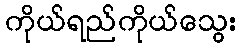
ကိုယ်ရည်ကိုယ်သွေး